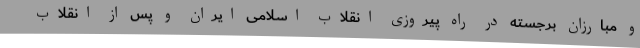
و مبارزان برجسته در راه پیروزی انقلاب اسلامی ایران و پس از انقلاب